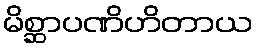
မိစ္ဆာပဏိဟိတာယ